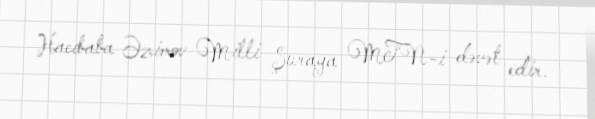
Hacıbaba Əzimov Milli Şuraya MTN-i dəvət edir.